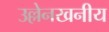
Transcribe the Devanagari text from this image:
उल्लेनखनीय